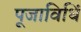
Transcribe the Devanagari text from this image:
पूजाविधिं